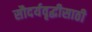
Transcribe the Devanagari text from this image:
सौदर्यवृद्धीसाठी